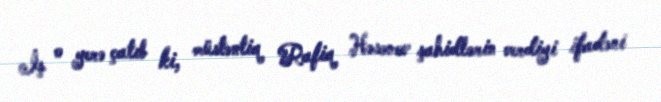
İş o yerə çatıb ki, müstəntiq Rafiq Həsənov şahidlərin verdiyi ifadəni